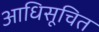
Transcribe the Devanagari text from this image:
आधिसूचित